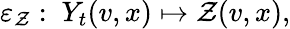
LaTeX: \varepsilon_{\mathcal{Z}}:\ Y_{t}(v,x)\mapsto\mathcal{Z}(v,x),